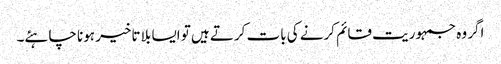
اگر وہ جمہوریت قائم کرنے کی بات کرتے ہیں تو ایسا بلا تاخیر ہونا چاہئے۔